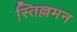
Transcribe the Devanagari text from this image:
स्तिल्लमन